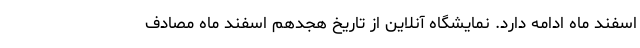
اسفند ماه ادامه دارد. نمایشگاه آنلاین از تاریخ هجدهم اسفند ماه مصادف